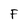
Character: F